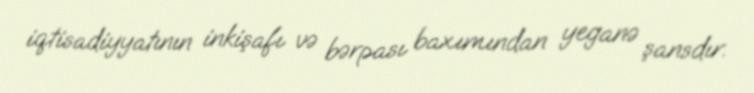
iqtisadiyyatının inkişafı və bərpası baxımından yeganə şansdır.